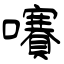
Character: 㘔